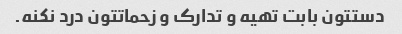
دستتون بابت تهیه و تدارک و زحماتتون درد نکنه.